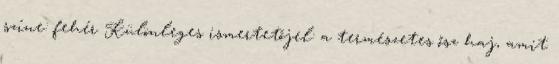
színe: fehér Különleges ismertetőjel: a természetes ősz haj, amit